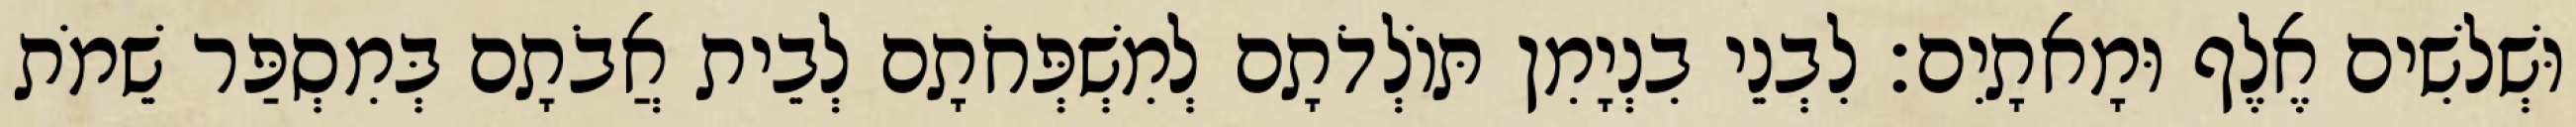
וּשְׁלשִׁים אֶלֶף וּמָאתָיִם׃ לִבְנֵי בִנְיָמִן תּוֹלְדֹתָם לְמִשְׁפְּחֹתָם לְבֵית אֲבֹתָם בְּמִסְפַּר שֵׁמֹת